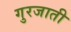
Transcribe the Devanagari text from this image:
गुरजाती